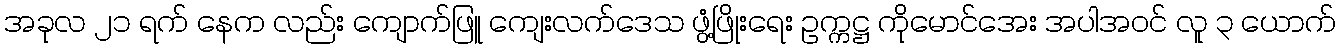
အခုလ ၂၁ ရက် နေက လည်း ကျောက်ဖြူ ကျေးလက်ဒေသ ဖွံ့ဖြိုးရေး ဥက္ကဋ္ဌ ကိုမောင်အေး အပါအဝင် လူ ၃ ယောက်